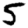
Digit: 5